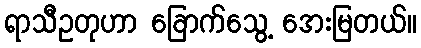
ရာသီဥတုဟာ ခြောက်သွေ့ အေးမြတယ်။